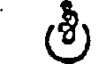
లి